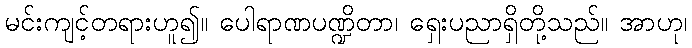
မင်းကျင့်တရားဟူ၍။ ပေါရာဏပဏ္ဍိတာ၊ ရှေးပညာရှိတို့သည်။ အာဟု၊